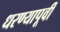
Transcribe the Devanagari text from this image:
धरण्यापूर्वी